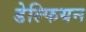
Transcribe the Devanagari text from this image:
डेल्फियन